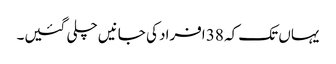
یہاں تک کہ 38 افراد کی جانیں چلی گئیں۔